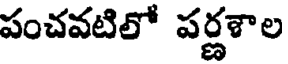
పంచవటిలో పర్ణశాల